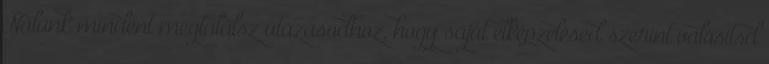
Nálunk mindent megtalálsz utazásodhoz, hogy saját elképzelésed szerint valósítsd